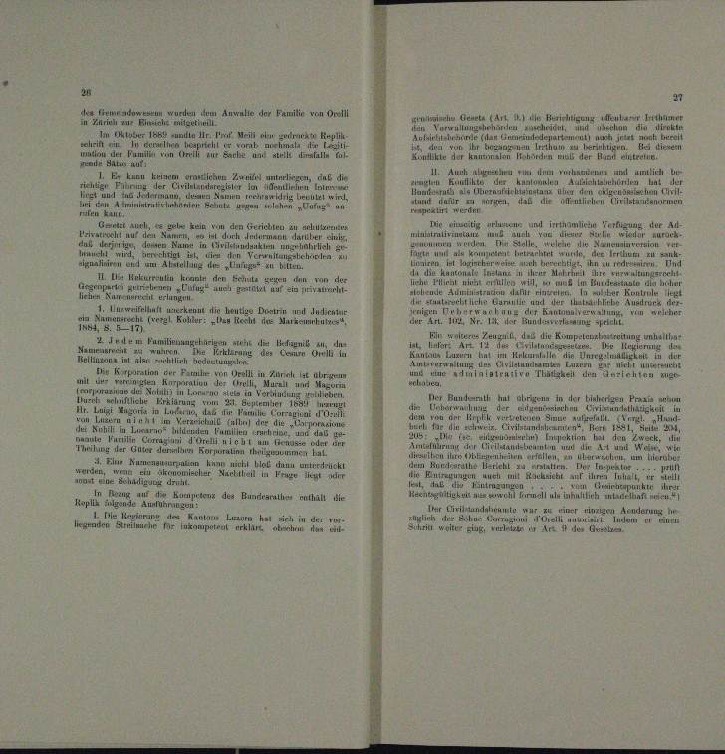
Gemden wurden dem Anwalte der Familie von Dreill
velle Geseln (Art. 11 Uhr Berichtigung

n
Huber 1865 umille Hr. Von Mein oben zurecht u
.
eleiten zu vermin urspricht er verat auchmals in de
niten
n
i

n
a. dann au
 V unlich
11. Auch Al
ELau keinen Zwangen, in die
e

.
Auläs
r
eeren eine
.

u

tig er und irrth
Nie
n der a
, en vom den Errichten zu schützen
u
deutun
roch
in i
rrverweht auf den Namen
dnig,
.
 nenner

n
.
           ten der vorlieren zu ent
u
u
nd um Anstellung des Unfug zu belien.
de vernannten und es seine neuen
 Unkurrenten kan den Bete gegen in

süber einer einem un
nate in licher
retirte
a
.
d
.
.

  welcher
a Unmenstsche Först Kohler.

1
 Zug, das die Kompeten
itung anhalte
Z Jeden Familiegen der

antur

n
u

                                             100
Aur
ne
Murali

ran
.
B hat es in der gegen auchen
u

t

in
M für die
.

ilen anhe

n

o Frau

 erwachen, um hierate
indung
A. Ein Huenera
n
 nicht hat dann unterdruckt

e
Heeren der einen der
eien einen ein eine einer aus einer seinen in der
n

runker i
In Bezug auf der Kumpetenz des Bundesrathes enthalt iste

Roplin vielgende Ausfuhrwegen
 ,
meno ein ein einen
.

 hat sich in der vor-
n
p

Arithme